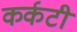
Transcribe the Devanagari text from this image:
कर्कटी